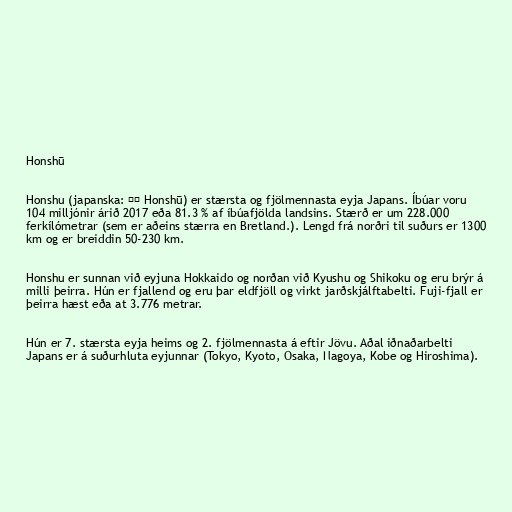
Honshū

Honshu (japanska: 本州 Honshū) er stærsta og fjölmennasta eyja Japans. Íbúar voru
104 milljónir árið 2017 eða 81.3 % af íbúafjölda landsins. Stærð er um 228.000
ferkílómetrar (sem er aðeins stærra en Bretland.). Lengd frá norðri til suðurs er 1300
km og er breiddin 50-230 km.

Honshu er sunnan við eyjuna Hokkaido og norðan við Kyushu og Shikoku og eru brýr á
milli þeirra. Hún er fjallend og eru þar eldfjöll og virkt jarðskjálftabelti. Fuji-fjall er
þeirra hæst eða at 3.776 metrar.

Hún er 7. stærsta eyja heims og 2. fjölmennasta á eftir Jövu. Aðal iðnaðarbelti
Japans er á suðurhluta eyjunnar (Tokyo, Kyoto, Osaka, Nagoya, Kobe og Hiroshima).